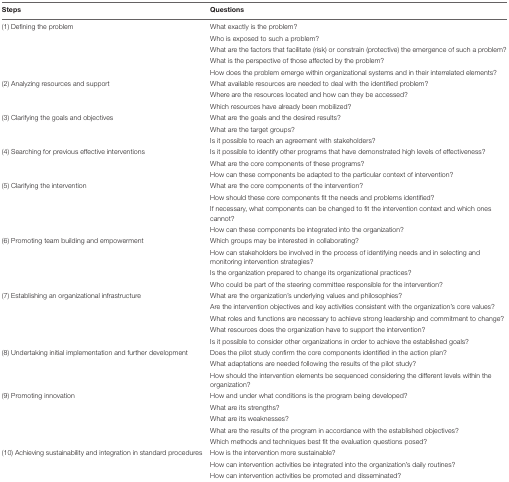
<table><thead><tr><td><b>Steps</b></td><td><b>Questions</b></td></tr></thead><tbody><tr><td>(1) Defining the problem</td><td>What exactly is the problem?</td></tr><tr><td></td><td>Who is exposed to such a problem?</td></tr><tr><td></td><td>What are the factors that facilitate (risk) or constrain (protective) the emergence of such a problem?</td></tr><tr><td></td><td>What is the perspective of those affected by the problem?</td></tr><tr><td></td><td>How does the problem emerge within organizational systems and in their interrelated elements?</td></tr><tr><td>(2) Analyzing resources and support</td><td>What available resources are needed to deal with the identified problem?</td></tr><tr><td></td><td>Where are the resources located and how can they be accessed?</td></tr><tr><td></td><td>Which resources have already been mobilized?</td></tr><tr><td>(3) Clarifying the goals and objectives</td><td>What are the goals and the desired results?</td></tr><tr><td></td><td>What are the target groups?</td></tr><tr><td></td><td>Is it possible to reach an agreement with stakeholders?</td></tr><tr><td>(4) Searching for previous effective interventions</td><td>Is it possible to identify other programs that have demonstrated high levels of effectiveness?</td></tr><tr><td></td><td>What are the core components of these programs?</td></tr><tr><td></td><td>How can these components be adapted to the particular context of intervention?</td></tr><tr><td>(5) Clarifying the intervention</td><td>What are the core components of the intervention?</td></tr><tr><td></td><td>How should these core components fit the needs and problems identified?</td></tr><tr><td></td><td>If necessary, what components can be changed to fit the intervention context and which ones cannot?</td></tr><tr><td></td><td>How can these components be integrated into the organization?</td></tr><tr><td>(6) Promoting team building and empowerment</td><td>Which groups may be interested in collaborating?</td></tr><tr><td></td><td>How can stakeholders be involved in the process of identifying needs and in selecting and monitoring intervention strategies?</td></tr><tr><td></td><td>Is the organization prepared to change its organizational practices?</td></tr><tr><td></td><td>Who could be part of the steering committee responsible for the intervention?</td></tr><tr><td>(7) Establishing an organizational infrastructure</td><td>What are the organization’s underlying values and philosophies?</td></tr><tr><td></td><td>Are the intervention objectives and key activities consistent with the organization’s core values?</td></tr><tr><td></td><td>What roles and functions are necessary to achieve strong leadership and commitment to change?</td></tr><tr><td></td><td>What resources does the organization have to support the intervention?</td></tr><tr><td></td><td>Is it possible to consider other organizations in order to achieve the established goals?</td></tr><tr><td>(8) Undertaking initial implementation and further development</td><td>Does the pilot study confirm the core components identified in the action plan?</td></tr><tr><td></td><td>What adaptations are needed following the results of the pilot study?</td></tr><tr><td></td><td>How should the intervention elements be sequenced considering the different levels within the organization?</td></tr><tr><td>(9) Promoting innovation</td><td>How and under what conditions is the program being developed?</td></tr><tr><td></td><td>What are its strengths?</td></tr><tr><td></td><td>What are its weaknesses?</td></tr><tr><td></td><td>What are the results of the program in accordance with the established objectives?</td></tr><tr><td></td><td>Which methods and techniques best fit the evaluation questions posed?</td></tr><tr><td>(10) Achieving sustainability and integration in standard procedures</td><td>How is the intervention more sustainable?</td></tr><tr><td></td><td>How can intervention activities be integrated into the organization’s daily routines?</td></tr><tr><td></td><td>How can intervention activities be promoted and disseminated?</td></tr></tbody></table>